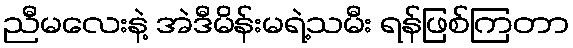
ညီမလေးနဲ့ အဲဒီမိန်းမရဲ့သမီး ရန်ဖြစ်ကြတာ